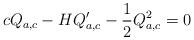
LaTeX: \begin{align*}cQ_{a,c} - HQ_{a,c}' - \frac12 Q^2_{a,c} =0\end{align*}